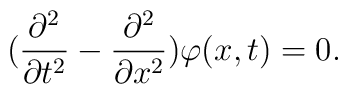
(\frac{\partial ^2}{\partial t^2}-\frac{\partial ^2}{\partial x^2})\varphi (x,t)=0.